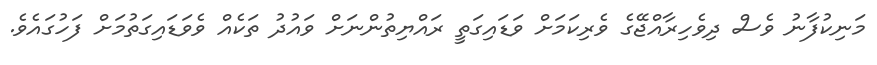
މަނިކުފާނު ވެސް ދިވެހިރާއްޖޭގެ ވެރިކަމަށް ވަޑައިގަތީ ރައްޔިތުންނަށް ވައުދު ތަކެއް ވެވަޑައިގަތުމަށް ފަހުގައެވެ.